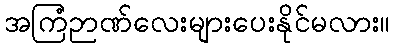
အကြံဉာဏ်လေးများပေးနိုင်မလား။